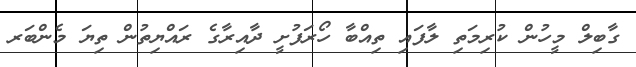
ގާބިލް މީހުން ކުރިމަތި ލާފައި ތިއްބާ ހޯރަފުށީ ދާއިރާގެ ރައްޔިތުން ތިޔަ މެންބަރ